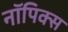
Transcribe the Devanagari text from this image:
नॉपिक्स